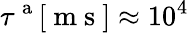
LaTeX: \tau^{\mathrm{~a~}}[\mathrm{~m~s~}]\approx 10^{4}